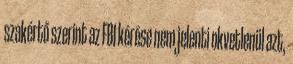
szakértő szerint az FBI kérése nem jelenti okvetlenül azt,